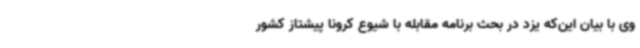
وی با بیان این‌که یزد در بحث برنامه مقابله با شیوع کرونا پیشتاز کشور